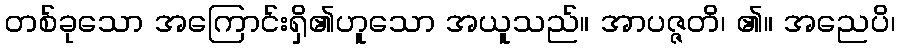
တစ်ခုသော အကြောင်းရှိ၏ဟူသော အယူသည်။ အာပဇ္ဇတိ၊ ၏။ အညေပိ၊